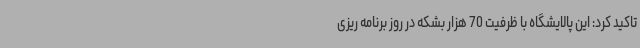
تاکید کرد: این پالایشگاه با ظرفیت 70 هزار بشکه در روز برنامه ریزی